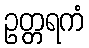
ဥတ္တရကံ